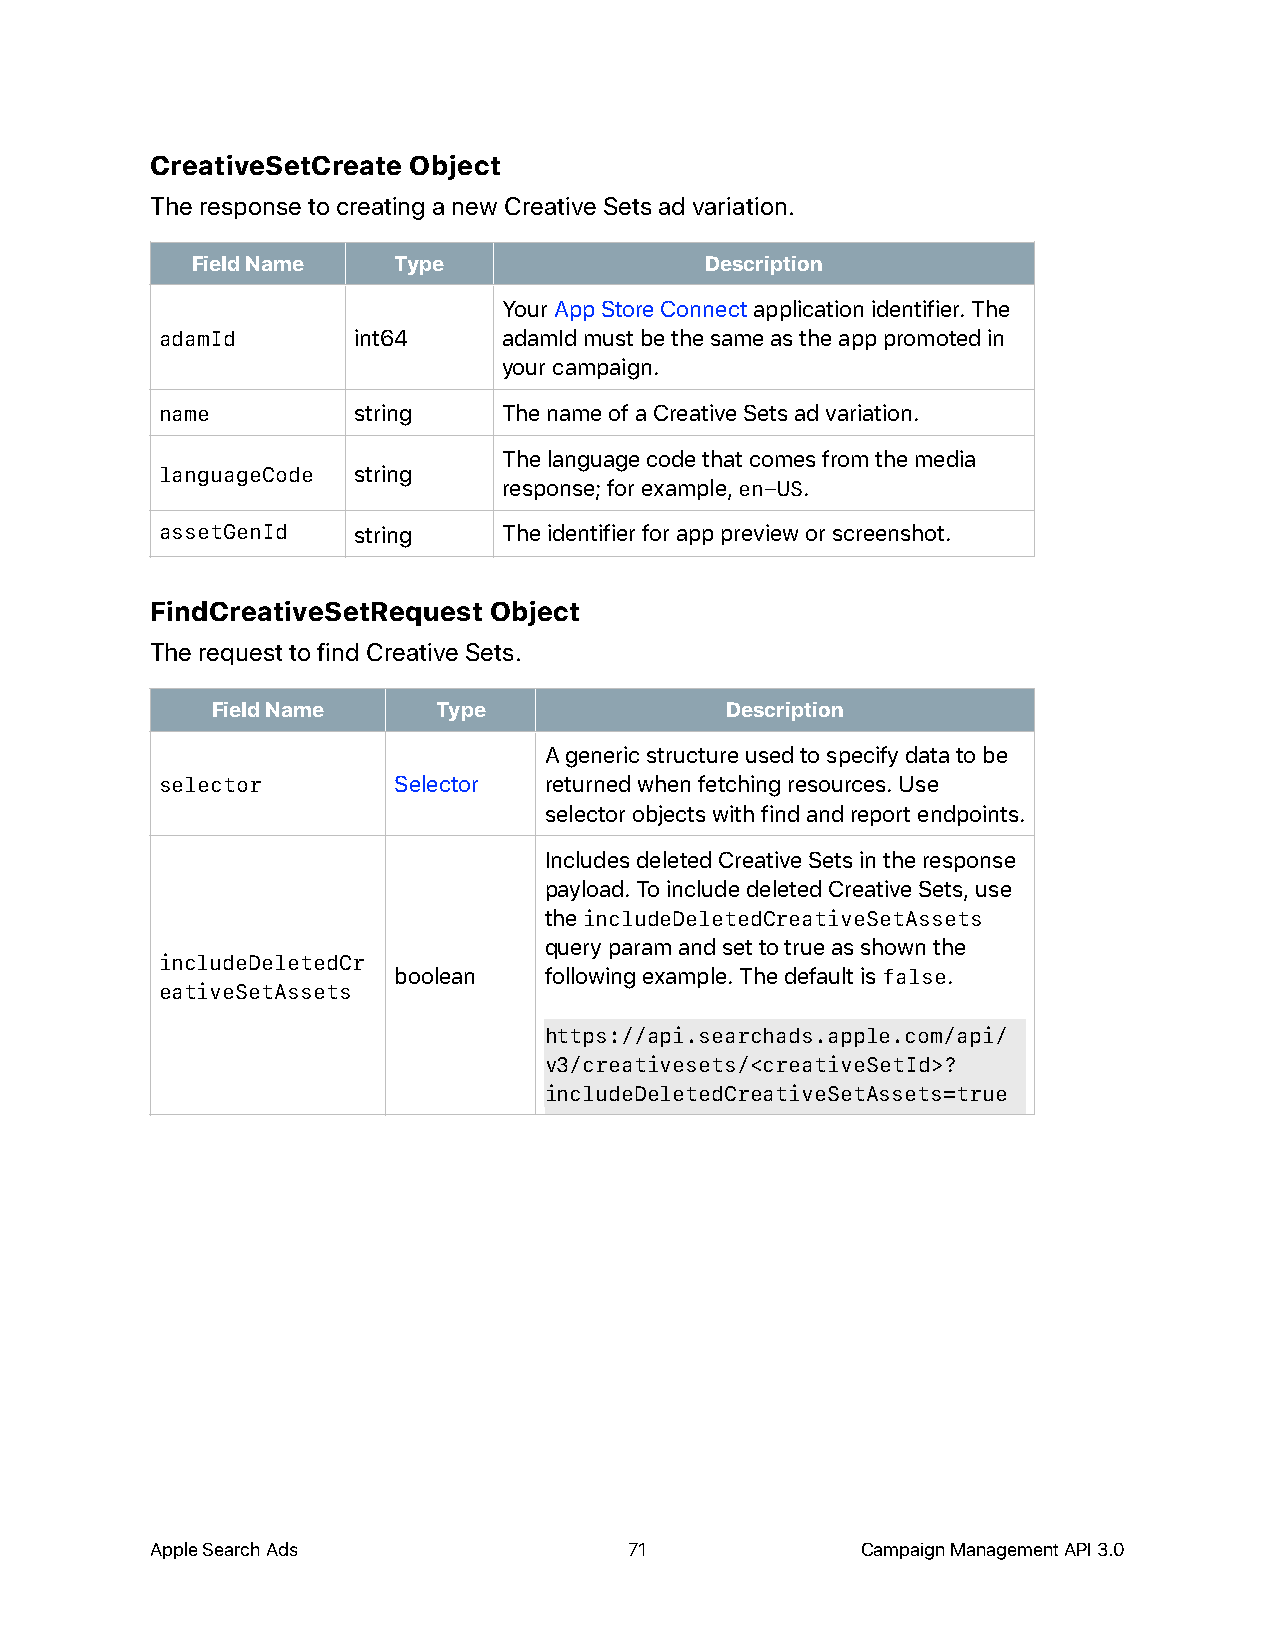
CreativeSetCreate Object
 The response to creating a new Creative Sets ad variation.
 Field Name   Type                 Description
 Your App Store Connect application identifier. The
 adamId      int64     adamId must be the same as the app promoted in
 your campaign.
 name        string    The name of a Creative Sets ad variation.
 The language code that comes from the media
 languageCode string
 response; for example, en-US.
 assetGenId  string    The identifier for app preview or screenshot.
 FindCreativeSetRequest Object
 The request to find Creative Sets.
 Field Name     Type               Description
 A generic structure used to specify data to be
 selector       Selector  returned when fetching resources. Use
 selector objects with find and report endpoints.
 Includes deleted Creative Sets in the response
 payload. To include deleted Creative Sets, use
 the includeDeletedCreativeSetAssets
 query param and set to true as shown the
 includeDeletedCr
 boolean   following example. The default is false.
 eativeSetAssets
 https://api.searchads.apple.com/api/
 v3/creativesets/<creativeSetId>?
 includeDeletedCreativeSetAssets=true
 Apple Search Ads                71             Campaign Management API 3.0